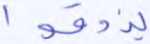
يذوقوا